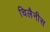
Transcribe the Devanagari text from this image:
चिलैनीस